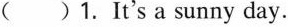
( ) 1.It's a sunny day. ( )